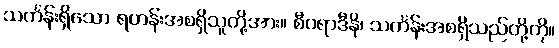
သင်္ကန်းရှိသော ရဟန်းအစရှိသူတို့အား။ စီဝရာဒီနိ၊ သင်္ကန်းအစရှိသည်တို့ကို။